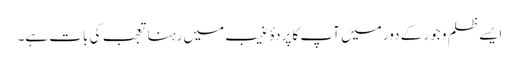
ایسے ظلم و جور کے دور میں آپ کا پردۂ غیب میں رہنا تعجب کی بات ہے۔